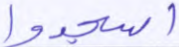
اسجدوا